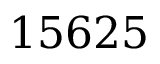
1 5 6 2 5